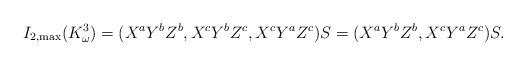
LaTeX: \begin{align*}I_{2,\max}(K^3_\omega)&=(X^aY^bZ^b,X^cY^bZ^c,X^cY^aZ^c)S=(X^aY^bZ^b,X^cY^aZ^c)S.\end{align*}